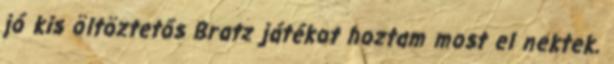
jó kis öltöztetős Bratz játékot hoztam most el nektek.